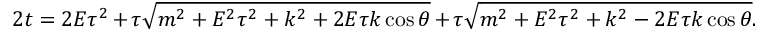
2 t = 2 E \tau ^ { 2 } + \tau \sqrt { m ^ { 2 } + E ^ { 2 } \tau ^ { 2 } + k ^ { 2 } + 2 E \tau k \cos \theta } + \tau \sqrt { m ^ { 2 } + E ^ { 2 } \tau ^ { 2 } + k ^ { 2 } - 2 E \tau k \cos \theta } .